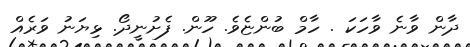
ދާން ވާނެ ވާހަކަ . ހާމް ބުންޏެވެ. ހޫން. ފެށުނީދޯ. ޅިޔަނު ވަރެއް